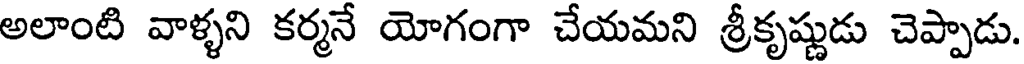
అలాంటి వాళ్ళని కర్మనే యోగంగా చేయమని శ్రీకృష్ణుడు చెప్పాడు.